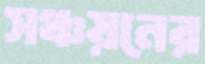
সঞ্চয়নের